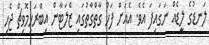
ލަނޑުގެ ލީޑެއް ނަގައިފަ އެވެ. އެއަށް ފަހު ގާތްގާތުގައި ޒްލަޓާން އިބްރަހިމޮވިޗް ޖެހި